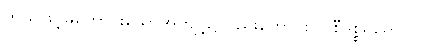
ကိုယ်ဖြင့်မကောင်းသောအကျင့်၌လည်းကောင်း။ ဝစီဒုစ္စရိတေဝါ၊